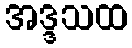
အဒ္ဒသထ